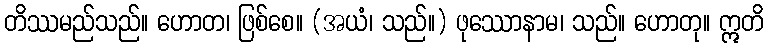
တိဿမည်သည်။ ဟောတ၊ ဖြစ်စေ။ (အယံ၊ သည်။) ဖုဿောနာမ၊ သည်။ ဟောတု။ ဣတိ